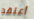
أعتقد